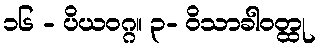
၁၆ - ပိယဝဂ္ဂ။ ၃- ဝိသာခါဝတ္ထု